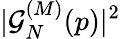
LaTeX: |\mathcal{G}_{N}^{(M)}(p)|^{2}